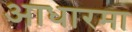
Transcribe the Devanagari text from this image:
आधारमा